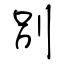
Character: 別